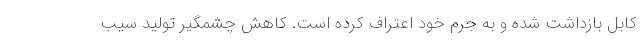
کابل بازداشت شده و به جرم خود اعتراف کرده است. کاهش چشمگیر تولید سیب